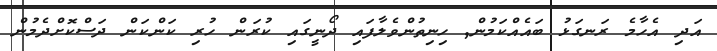
އަދި އެހާމެ ރަނގަޅު ބައެއްކަމުން